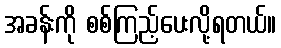
အခန်းကို စစ်ကြည့်ပေးလို့ရတယ်။